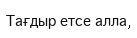
Тағдыр етсе алла,